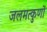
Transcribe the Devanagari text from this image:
जलमत्कुणों